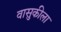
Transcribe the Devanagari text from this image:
वासुकीला